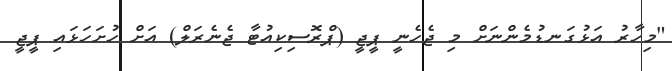
"މިހާރު އަޅުގަނޑުމެންނަށް މި ޖެހެނީ ޕީޖީ (ޕްރޮސިކިއުޓާ ޖެނެރަލް) އަށް ހުށަހަޅައި ޕީޖީ